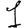
Digit: 1